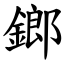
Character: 鎯